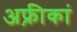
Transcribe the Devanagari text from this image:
अफ़्रीकां